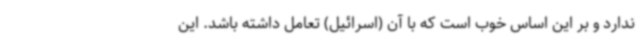
ندارد و بر این اساس خوب است که با آن (اسرائیل) تعامل داشته باشد. این